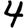
Digit: 4